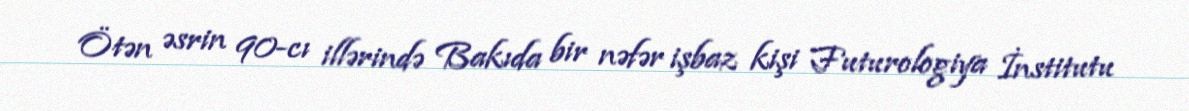
Ötən əsrin 90-cı illərində Bakıda bir nəfər işbaz kişi Futurologiya İnstitutu